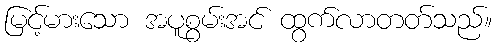
မြင့်မားသော အပူစွမ်းအင် ထွက်လာတတ်သည်။